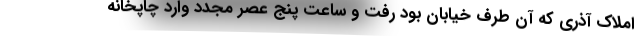
املاک آذری که آن طرف خیابان بود رفت و ساعت پنج عصر مجدد وارد چاپخانه